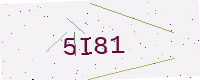
Text: 5I81